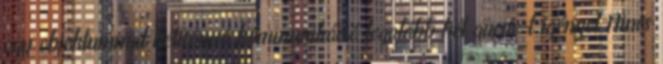
egy objektummal kétirányú kommunikáció legalább két queue-t igényel Nincs